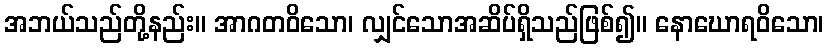
အဘယ်သည်တို့နည်း။ အာဂတဝိသော၊ လျှင်သောအဆိပ်ရှိသည်ဖြစ်၍။ နောဃောရဝိသော၊